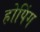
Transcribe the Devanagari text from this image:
होपिंग